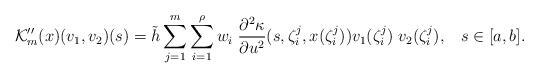
LaTeX: \begin{align*}\mathcal {K}_m'' (x) (v_1, v_2) (s) = \tilde {h} \sum_{j=1}^m \sum_{i=1}^\rho w_i \; \frac {\partial^2 \kappa } {\partial u^2} (s, \zeta_i^j, x (\zeta_i^j)) v_1 (\zeta_i^j) \; v_2 (\zeta_i^j), \;\;\; s \in [a, b].\end{align*}